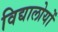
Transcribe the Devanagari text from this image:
विद्यालोयों